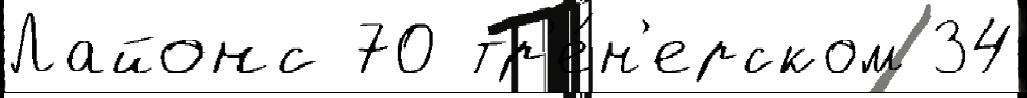
Лайонс 70 тр'е́н'ерском 34